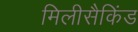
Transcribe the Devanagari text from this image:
मिलीसैकिंड